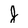
Character: J